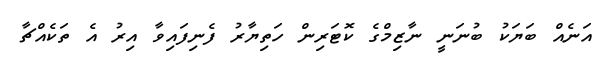
އަނެއް ބަޔަކު ބުނަނީ ނާޒިމްގެ ކޮޓަރިން ހަތިޔާރު ފެނިފައިވާ އިރު އެ ތަކެއްޗާ